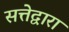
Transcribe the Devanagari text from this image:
सत्तेद्वारा